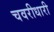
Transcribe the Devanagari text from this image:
चवरीधारी